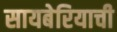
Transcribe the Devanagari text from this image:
सायबेरियाची